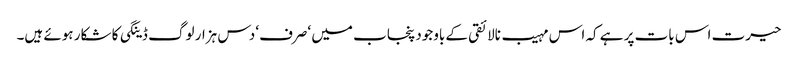
حیرت اس بات پر ہے کہ اس مہیب نالائقی کے باوجود پنجاب میں ‘صرف‘ دس ہزار لوگ ڈینگی کا شکار ہوئے ہیں۔